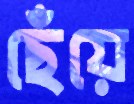
ছেঁয়ে